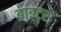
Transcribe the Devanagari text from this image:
ब्राइट्स